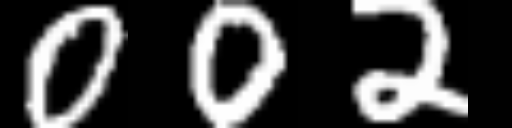
Text: 002